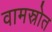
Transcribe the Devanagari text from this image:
वामस्रोत